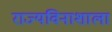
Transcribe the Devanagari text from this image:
राज्यविनाशाला